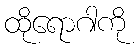
ထိုရောဂါကို